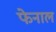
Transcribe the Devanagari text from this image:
फेनाल